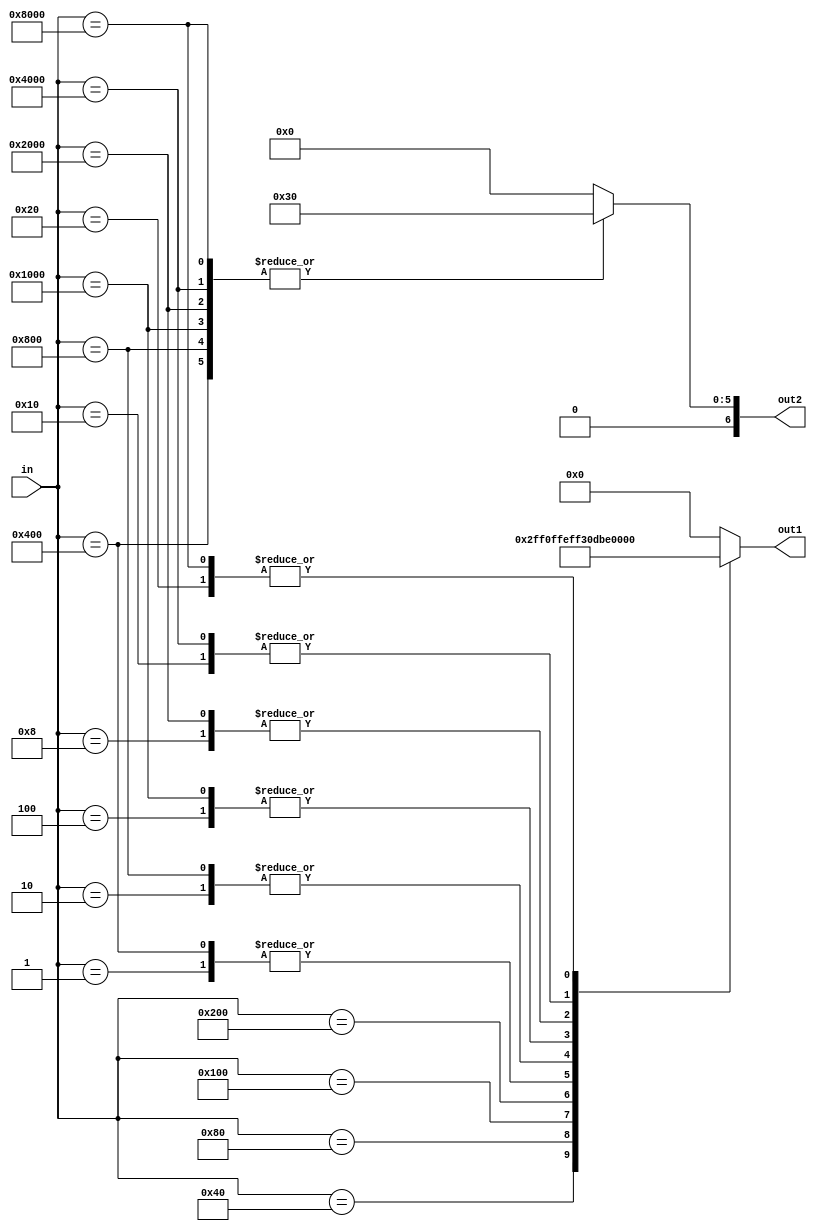
module decimal (
    input [15:0] in,
    output reg [6:0] out1,
    output reg [6:0] out2
);

always @* begin
    case (in)
        16'b0000000000000001: begin out1 = 7'b1111110; out2 = 7'b0000000; end //0
        16'b0000000000000010: begin out1 = 7'b0110000; out2 = 7'b0000000; end //1
        16'b0000000000000100: begin out1 = 7'b1101101; out2 = 7'b0000000; end //2
        16'b0000000000001000: begin out1 = 7'b1111001; out2 = 7'b0000000; end //3
        16'b0000000000010000: begin out1 = 7'b0110011; out2 = 7'b0000000; end //4
        16'b0000000000100000: begin out1 = 7'b1011011; out2 = 7'b0000000; end //5
        16'b0000000001000000: begin out1 = 7'b1011111; out2 = 7'b0000000; end //6
        16'b0000000010000000: begin out1 = 7'b1110000; out2 = 7'b0000000; end //7    
        16'b0000000100000000: begin out1 = 7'b1111111; out2 = 7'b0000000; end //8
        16'b0000001000000000: begin out1 = 7'b1111011; out2 = 7'b0000000; end //9
        16'b0000010000000000: begin out1 = 7'b1111110; out2 = 7'b0110000; end //10
        16'b0000100000000000: begin out1 = 7'b0110000; out2 = 7'b0110000; end //11
        16'b0001000000000000: begin out1 = 7'b1101101; out2 = 7'b0110000; end //12
        16'b0010000000000000: begin out1 = 7'b1111001; out2 = 7'b0110000; end //13
        16'b0100000000000000: begin out1 = 7'b0110011; out2 = 7'b0110000; end //14
        16'b1000000000000000: begin out1 = 7'b1011011; out2 = 7'b0110000; end //15
        default: begin out1 = 7'b0000000; out2 = 7'b0000000; end
    endcase
end

endmodule